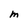
Character: m